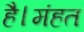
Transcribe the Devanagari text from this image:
है।मंहत